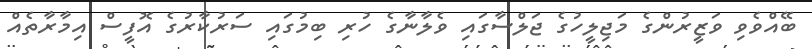
ބޭއްވެވި ވަޒީރުންގެ މަޖިލީހުގެ ޖަލްސާގައި ވެލާނާގެ ހުރި ބިމުގައި ސަރުކާރުގެ އޮފީސް އިމާރާތެއް